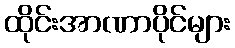
ထိုင်းအာဏာပိုင်များ